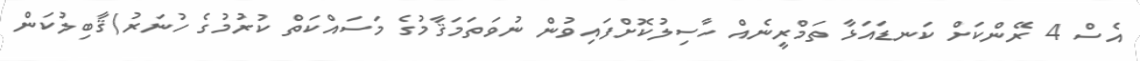
އެސް 4 ރޭންކަށް ކަނޑައަޅާ ތަމްރީނެއް ހާސިލުކޮށްފައިވުން ނުވަތަމަޤާމުގެ މަސައްކަތް ކުރުމުގެ ހުނަރު/ޤާބިލުކަން